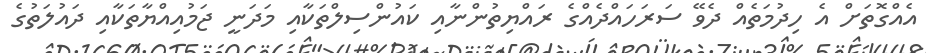
އެއްގޮތަށް އެ ހިދުމަތެއް ދެވޭ ސަރަހައްދެއްގެ ރައްޔިތުންނާއި ކައުންސިލްތަކާއި މަދަނީ ޖަމުއިއްޔާތަކާއި ދައުލަތުގެ